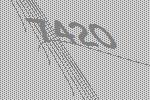
7420